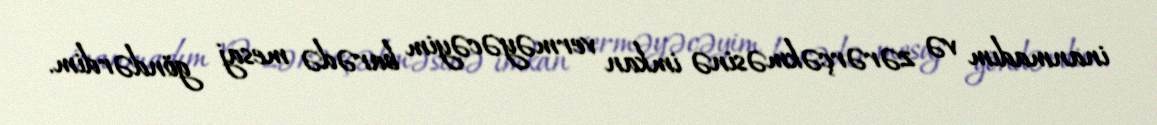
inanmadım və zərərçəkməsinə imkan verməyəcəyim barədə mesaj göndərdim.